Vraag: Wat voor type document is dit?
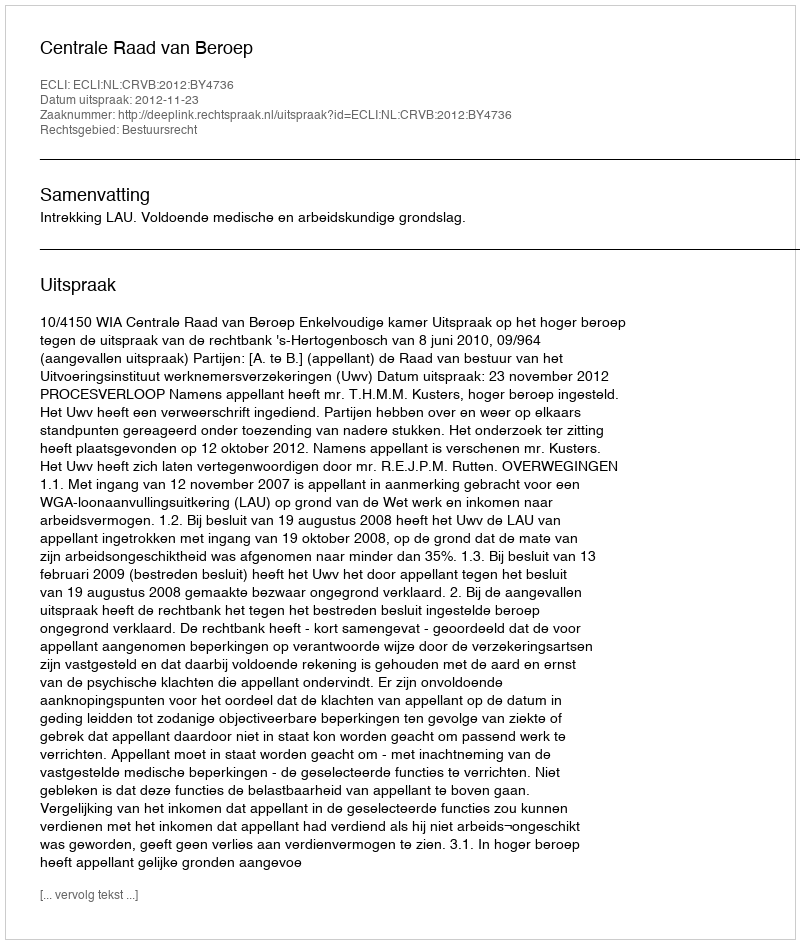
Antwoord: Uitspraak